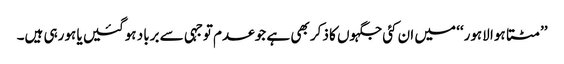
’’مٹتا ہوا لاہور‘‘ میں ان کئی جگہوں کا ذکر بھی ہے جو عدم توجہی سے برباد ہوگئیں یا ہورہی ہیں۔